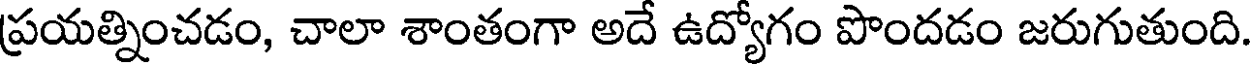
ప్రయత్నించడం, చాలా శాంతంగా అదే ఉద్యోగం పొందడం జరుగుతుంది